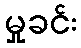
မှုခင်း